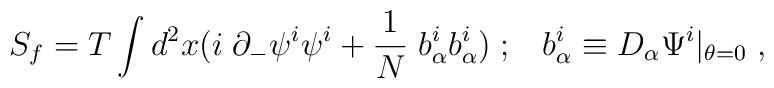
S_f = T\int d^2 x (i\;\partial_- \psi^i \psi^i + {1\over N}\;b^i_\alpha b^i_\alpha )\;;\;\;\;b^i_\alpha \equiv D_\alpha \Psi^i |_{\theta = 0}\;,